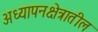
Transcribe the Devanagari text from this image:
अध्यापनक्षेत्रातील